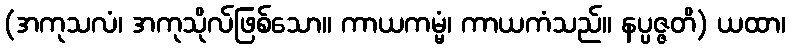
(အကုသလံ၊ အကုသိုလ်ဖြစ်သော။ ကာယကမ္မံ၊ ကာယကံသည်။ နပ္ပဇ္ဇတိ) ယထာ၊